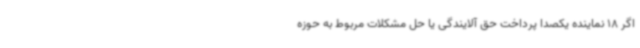
اگر 18 نماینده یکصدا پرداخت حق آلایندگی یا حل مشکلات مربوط به حوزه